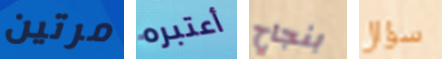
مرتين أعتبره بنجاح سؤال